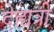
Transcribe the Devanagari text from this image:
देह्यत्री